Account of plague administration in the Bombay Presidency from September 1896 till May 1897
Year: 1896
Disease focus: Plague
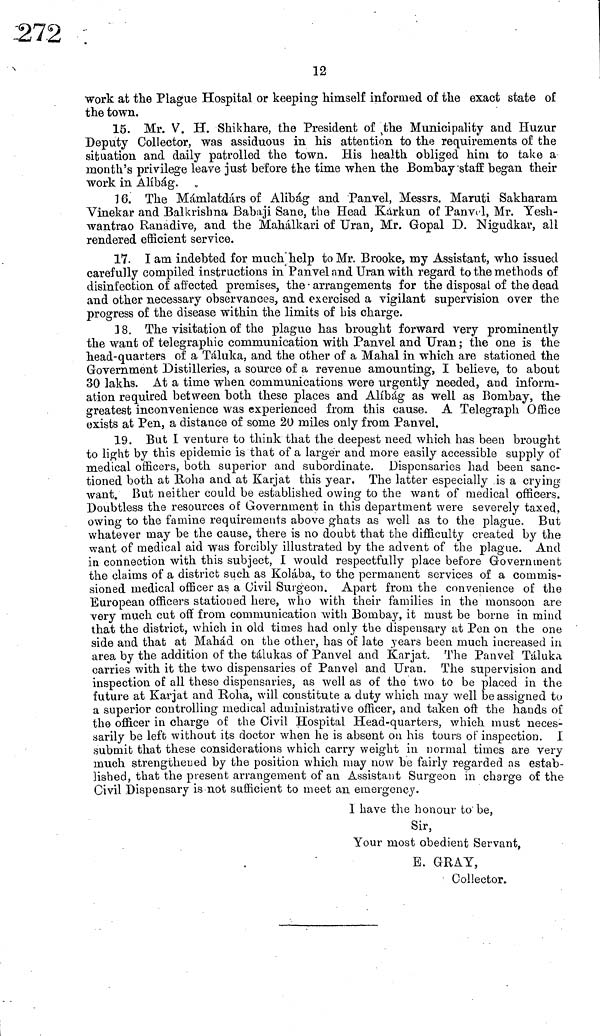
12
work at the Plague Hospital or keeping himself informed of the exact state of
the town.
15. Mr. V. H. Shikhare, the President of the Municipality and Huzur
Deputy Collector, was assiduous in his attention to the requirements of the
situation and daily patrolled the town. His health obliged him to take a
month's privilege leave just before the time when the Bombay staff began their
work in Alíbág.
16. The Mámlatdárs of Alibág and Panvel, Messrs. Maruti Sakharam
Vinekar and Balkrisbna Babaji Sane, the Head Karkun of Panvel, Mr. Yesh-
wantrao Ranadive, and the Mahálkari of Uran, Mr. Gopal D. Nigudkar, all
rendered efficient service.
17. I am indebted for much help to Mr. Brooke, my Assistant, who issued
carefully compiled instructions in Panvel and Uran with regard to the methods of
disinfection of affected premises, the arrangements for the disposal of the dead
and other necessary observauces, and exercised a vigilant supervision over the
progress of the disease within the limits of bis charge.
18. The visitation of the plague has brought forward very prominently
the want of telegraphic communication with Panvel and Uran ; the one is the
head-quarters of a Táluka, and the other of a Mahal in which are stationed the
Government Distilleries, a source of a revenue amounting, I believe, to about
30 lakhs. At a time when communications were urgently needed, and inform-
ation required between both these places and Alíbág as well as Bombay, the
greatest inconvenience was experienced from this cause. A Telegraph Office
exists at Pen, a distance of some 20 miles only from Panvel.
19. But I venture to think that the deepest need which has been brought
to light by this epidemic is that of a larger and more easily accessible supply of
medical officers, both superior and subordinate. Dispensaries had been sanc-
tioned both at Roha and at Karjat this year. The latter especially is a crying
want. But neither could be established owing to the want of medical officers.
Doubtless the resources of Government in this department were severely taxed,
owing to the famine requirements above ghats as well as to the plague. But
whatever may be the cause, there is no doubt that the difficulty created by the
want of medical aid was forcibly illustrated by the advent of the plague. And
in connection with this subject, I would respectfully place before Government
the claims of a district such as Kolába, to the permanent services of a commis-
sioned medical officer as a Civil Surgeon. Apart from the convenience of the
European officers stationed here, who with their families in the monsoon are
very much cut off from communication with Bombay, it must be borne in mind
that the district, which in old times had only the dispensary at Pen on the one
side and that at Mahád on the other, has of late years been much increased in
area by the addition of the tálukas of Panvel and Karjat. The Panvel Táluka
carries with it the two dispensaries of Panvel and Uran. The supervision and
inspection of all these dispensaries, as well as of the two to be placed in the
future at Karjat and Roha, will constitute a duty which may well be assigned to
a superior controlling medical administrative officer, and taken oft the hands of
the officer in charge of the Civil Hospital Head-quarters, which must neces-
sarily be left without its doctor when he is absent on his tours of inspection. 1
submit that these considerations which carry weight in normal times are very
much strengthened by the position which may now be fairly regarded as estab-
lished, that the present arrangement of an Assistant Surgeon in charge of the
Civil Dispensary is not sufficient to meet an emergency.
1 have the honour to be,
Sir,
Your most obedient Servant,
E. GRAY,
Collector.